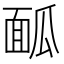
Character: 𩈕